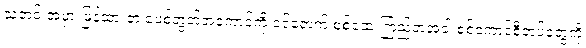
သတင်းအမှားဖြန့်ထားတဲ့ ဖေ့စ်ဘွတ်အကောင့်ကို ဝင်ရောက် စစ်ဆေးကြည့်တဲ့အခါ စစ်ကောင်စီတပ်တွေကို